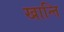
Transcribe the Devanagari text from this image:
खान्ति